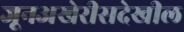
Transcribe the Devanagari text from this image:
जूनअखेरीसदेखील